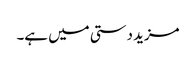
مزید دستی میں ہے۔